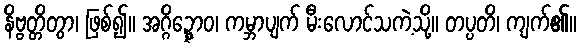
နိဗ္ဗတ္တိတွာ၊ ဖြစ်၍။ အဂ္ဂိဍ္ဍ္ဎောဝ၊ ကမ္ဘာပျက် မီးလောင်သကဲ့သို့။ တပ္ပတိ၊ ကျက်၏။